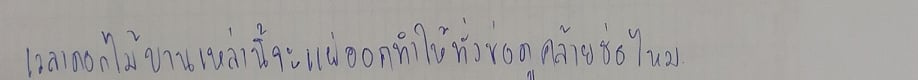
เวลาดอกบานไหมเหล่านี้จะแผ่ออกทำให้ทั้งช่อดูคล้ายช่อไหม